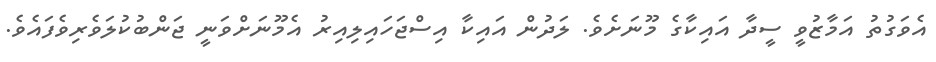
އެވަގުތު އަމާޒުވީ ސީދާ އައިކާގެ މޫނަށެވެ. ލަދުން އައިކާ އިސްޖަހައިލިއިރު އެމޫނަށްވަނީ ޖަންބުކުލަވެރިވެފައެވެ.